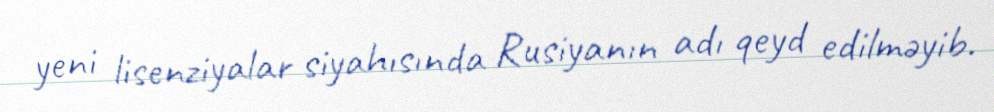
yeni lisenziyalar siyahısında Rusiyanın adı qeyd edilməyib.